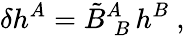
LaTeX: \delta h^{A}=\tilde{B}_{\; B}^{A}\, h^{B}\ ,